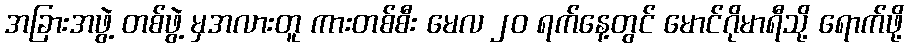
အခြားအဖွဲ့ တစ်ဖွဲ့ မှအလားတူ ကားတစ်စီး မေလ ၂၀ ရက်နေ့တွင် မောင်ဂိုမာရီသို့ ရောက်ဖို့